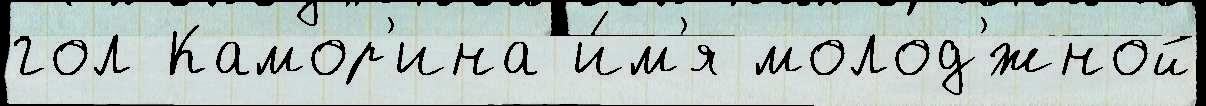
гол Камор'ина и́м'я молод'́жной